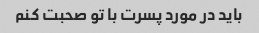
باید در مورد پسرت با تو صحبت کنم